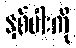
နှစ်ပါးကို